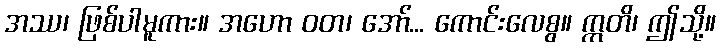
အဿ၊ ဖြစ်ပါမူကား။ အဟော ဝတ၊ အော်... ကောင်းလေစွ။ ဣတိ၊ ဤသို့။